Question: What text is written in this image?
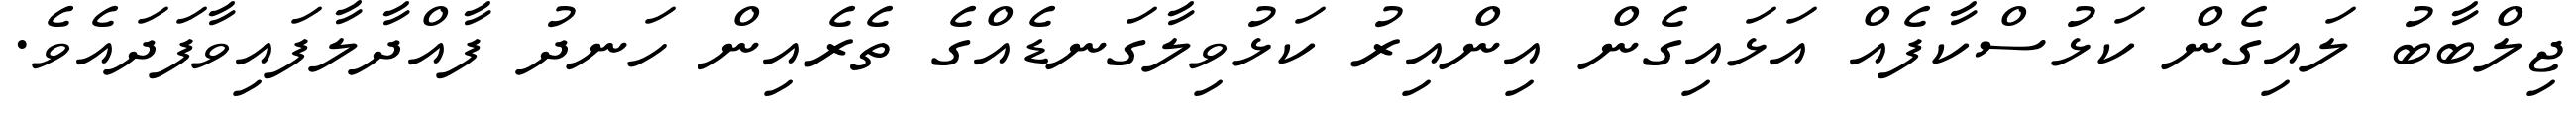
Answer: ޖިލްބާބު ލައިގެން ކަޅުސްކާފެއް އަޅައިގެން އިންއިރު ކަޅުވިލާގަނޑެއްގެ ތެރެއިން ހަނދު ފާއްދާލާފައިވާފަދައެވެ.